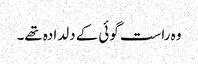
وہ راست گوئی کے دلدادہ تھے۔